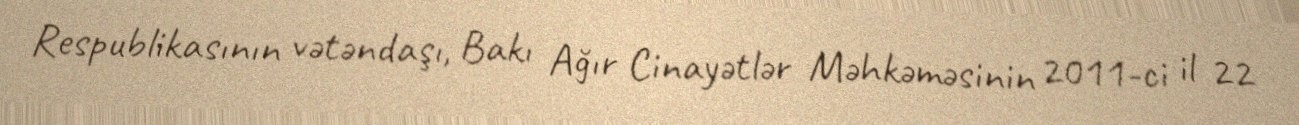
Respublikasının vətəndaşı, Bakı Ağır Cinayətlər Məhkəməsinin 2011-ci il 22